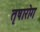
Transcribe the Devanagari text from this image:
तृषारोग